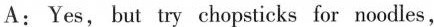
A:Yes, but try chopsticks for noodles,